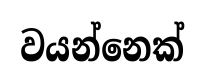
වයන්නෙක්